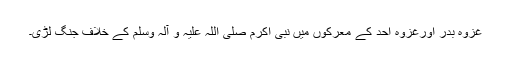
غزوہ بدر اورغزوہ احد کے معرکوں میں نبی اکرم صلی اللہ علیہ و آلہ وسلم کے خلاف جنگ لڑی۔